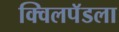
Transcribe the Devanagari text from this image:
क्विलपॅडला